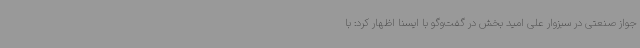
جواز صنعتی در سبزوار علی امید بخش در گفت‌وگو با ایسنا اظهار کرد: با